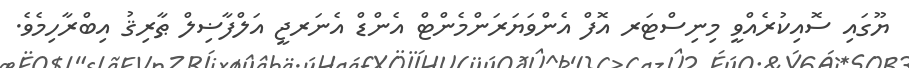
ޔޫގައި ސޮއިކުރެއްވީ މިނިސްޓަރ އޮފް އެންވަޔަރަންމެންޓް އެންޑް އެނަރޖީ އަލްފާޟިލް ޠާރިޤު އިބްރާހިމެވެ.